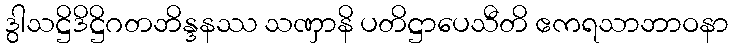
ဒွါသဋ္ဌိဒိဋ္ဌိဂတဘိန္ဒနဿ သဏှာနိ ပတိဋ္ဌာပေသီတိ ဧကရသာဘာဝနာ